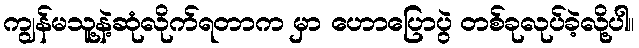
ကျွန်မသူ့နဲ့ဆုံလိုက်ရတာက မှာ ဟောပြောပွဲ တစ်ခုလုပ်ခဲ့လို့ပါ။